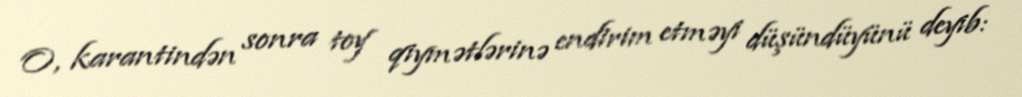
O, karantindən sonra toy qiymətlərinə endirim etməyi düşündüyünü deyib: